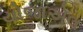
યોજાએલ